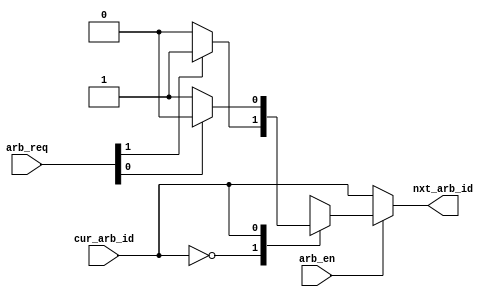
module arb_comb2
(
  input cur_arb_id,
  input [1:0]arb_req,
  input arb_en,
  output reg nxt_arb_id
);

always @(*)
begin
  if(arb_en)
  begin
      case(cur_arb_id)
        1'd0:
        case(1'b1)
                arb_req[1]:nxt_arb_id=1'd1;
                arb_req[0]:nxt_arb_id=1'd0;
                default:nxt_arb_id=1'd0;
        endcase
        1'd1:
        case(1'b1)
                arb_req[0]:nxt_arb_id=1'd0;
                arb_req[1]:nxt_arb_id=1'd1;
                default:nxt_arb_id=1'd1;
        endcase
        default:nxt_arb_id=1'd0;
      endcase
  end
  else
    nxt_arb_id=cur_arb_id;
end

endmodule